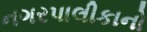
નગરપાલીકાનો